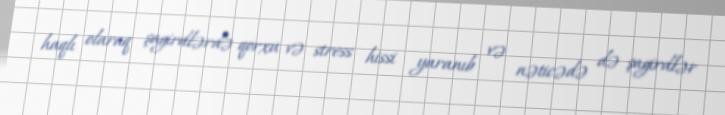
haqlı olaraq şagirdlərdə qorxu və stress hissi yaranıb və nəticədə də şagirdlər